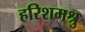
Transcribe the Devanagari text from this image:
हरिशमश्रु